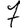
Digit: 7